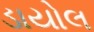
ડાયોલ